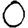
Digit: 0